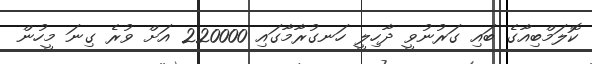
ކޮލަމްބިއާގެ ބައި ގަރުނުވީ ދާހިލީ ހަނގުރާމާގައި 220000 އަށް ވުރެ ގިނަ މީހުން